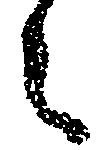
々